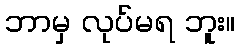
ဘာမှ လုပ်မရ ဘူး။